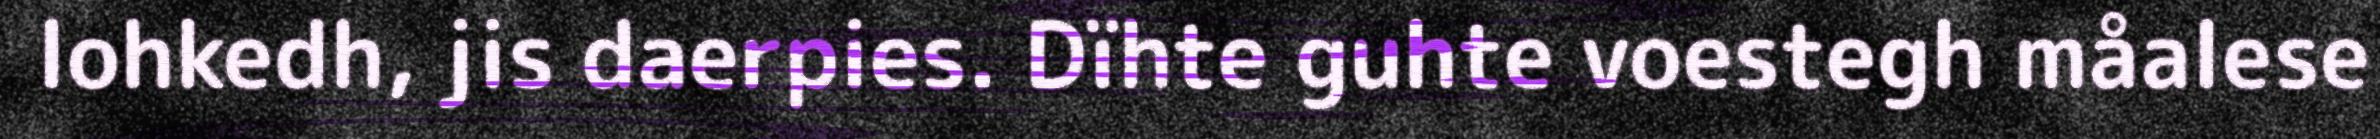
lohkedh, jis daerpies. Dïhte guhte voestegh måalese